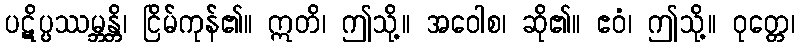
ပဋိပ္ပဿမ္ဘန္တိ၊ ငြိမ်ကုန်၏။ ဣတိ၊ ဤသို့။ အဝေါစ၊ ဆို၏။ ဧဝံ၊ ဤသို့။ ဝုတ္တေ၊